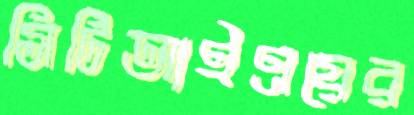
সিটিআইএয়ের